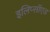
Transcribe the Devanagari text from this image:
इलिप्सॉएड